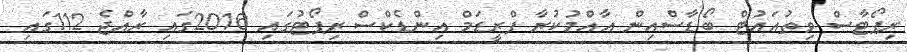
ރިޕޯޓާސް ވިތުއައުޓް ބޯޑާސްއިން އާއްމުކުރާ ފްރީޑަމް އިންޑެކްސް ރިޕޯޓުގައި 2016ގައި ރާއްޖެ 112ގައި